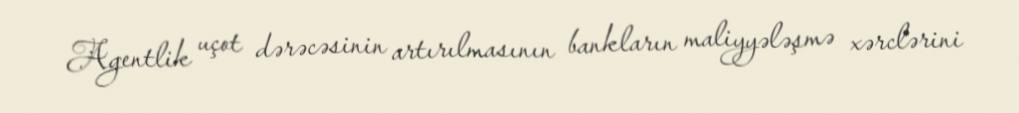
Agentlik uçot dərəcəsinin artırılmasının bankların maliyyələşmə xərclərini